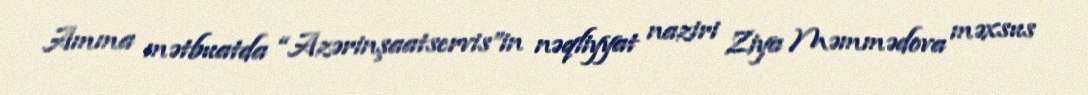
Amma mətbuatda “Azərinşaatservis”in nəqliyyat naziri Ziya Məmmədova məxsus